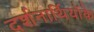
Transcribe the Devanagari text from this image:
दर्शनार्थियोंके